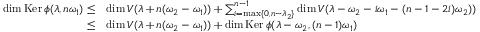
\begin{array} { r l } { \dim \operatorname { K e r } \phi ( \lambda , n \omega _ { 1 } ) \leq } & { \dim V ( \lambda + n ( \omega _ { 2 } - \omega _ { 1 } ) ) + \sum _ { i = \operatorname* { m a x } \{ 0 , n - \lambda _ { 2 } \} } ^ { n - 1 } \dim V ( \lambda - \omega _ { 2 } - i \omega _ { 1 } - ( n - 1 - 2 i ) \omega _ { 2 } ) ) } \\ { \leq } & { \dim V ( \lambda + n ( \omega _ { 2 } - \omega _ { 1 } ) ) + \dim \operatorname { K e r } \phi ( \lambda - \omega _ { 2 } , ( n - 1 ) \omega _ { 1 } ) } \end{array}